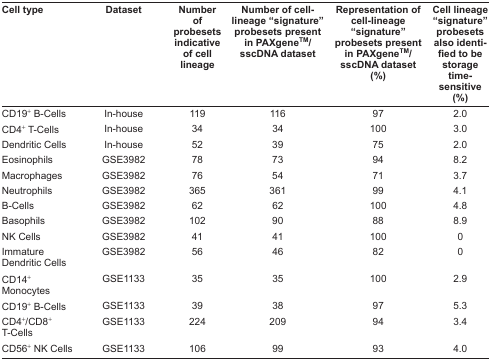
<table><thead><tr><td><b>Cell type</b></td><td><b>Dataset</b></td><td><b>Number of probesets indicative of cell lineage</b></td><td><b>Number of cell-lineage “signature” probesets present in PAXgene<sup>TM</sup>/sscDNA dataset</b></td><td><b>Representation of cell-lineage “signature” probesets present in PAXgene<sup>TM</sup>/sscDNA dataset (%)</b></td><td><b>Cell lineage “signature” probesets also identified to be storage time-sensitive (%)</b></td></tr></thead><tbody><tr><td>CD19<sup>+</sup> B-Cells</td><td>In-house</td><td>119</td><td>116</td><td>97</td><td>2.0</td></tr><tr><td>CD4<sup>+</sup> T-Cells</td><td>In-house</td><td>34</td><td>34</td><td>100</td><td>3.0</td></tr><tr><td>Dendritic Cells</td><td>In-house</td><td>52</td><td>39</td><td>75</td><td>2.0</td></tr><tr><td>Eosinophils</td><td>GSE3982</td><td>78</td><td>73</td><td>94</td><td>8.2</td></tr><tr><td>Macrophages</td><td>GSE3982</td><td>76</td><td>54</td><td>71</td><td>3.7</td></tr><tr><td>Neutrophils</td><td>GSE3982</td><td>365</td><td>361</td><td>99</td><td>4.1</td></tr><tr><td>B-Cells</td><td>GSE3982</td><td>62</td><td>62</td><td>100</td><td>4.8</td></tr><tr><td>Basophils</td><td>GSE3982</td><td>102</td><td>90</td><td>88</td><td>8.9</td></tr><tr><td>NK Cells</td><td>GSE3982</td><td>41</td><td>41</td><td>100</td><td>0</td></tr><tr><td>Immature Dendritic Cells</td><td>GSE3982</td><td>56</td><td>46</td><td>82</td><td>0</td></tr><tr><td>CD14<sup>+</sup> Monocytes</td><td>GSE1133</td><td>35</td><td>35</td><td>100</td><td>2.9</td></tr><tr><td>CD19<sup>+</sup> B-Cells</td><td>GSE1133</td><td>39</td><td>38</td><td>97</td><td>5.3</td></tr><tr><td>CD4<sup>+</sup>/CD8<sup>+</sup> T-Cells</td><td>GSE1133</td><td>224</td><td>209</td><td>94</td><td>3.4</td></tr><tr><td>CD56<sup>+</sup> NK Cells</td><td>GSE1133</td><td>106</td><td>99</td><td>93</td><td>4.0</td></tr></tbody></table>